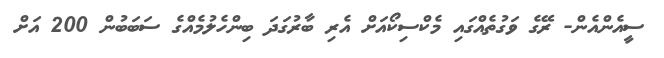
ސީއެންއެން- ރޭގެ ވަގުތެއްގައި މެކްސިކޯއަށް އެރި ބާރުގަދަ ބިންހެލުމެއްގެ ސަބަބުން 200 އަށް